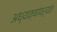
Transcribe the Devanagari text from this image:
अध्यक्षांपर्यंत